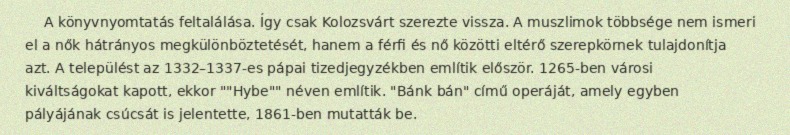
A könyvnyomtatás feltalálása. Így csak Kolozsvárt szerezte vissza. A muszlimok többsége nem ismeri el a nők hátrányos megkülönböztetését, hanem a férfi és nő közötti eltérő szerepkörnek tulajdonítja azt. A települést az 1332–1337-es pápai tizedjegyzékben említik először. 1265-ben városi kiváltságokat kapott, ekkor ""Hybe"" néven említik. "Bánk bán" című operáját, amely egyben pályájának csúcsát is jelentette, 1861-ben mutatták be.